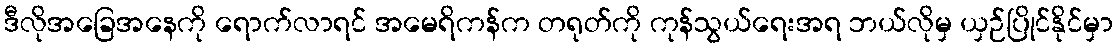
ဒီလိုအခြေအနေကို ရောက်လာရင် အမေရိကန်က တရုတ်ကို ကုန်သွယ်ရေးအရ ဘယ်လိုမှ ယှဉ်ပြိုင်နိုင်မှာ